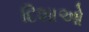
દિશાઓ